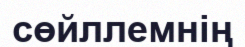
сөйллемнің